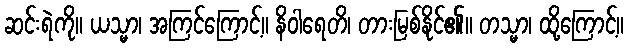
ဆင်းရဲကို။ ယသ္မာ၊ အကြင်ကြောင့်။ နိဝါရေတိ၊ တားမြစ်နိုင်၏။ တသ္မာ၊ ထို့ကြောင့်။